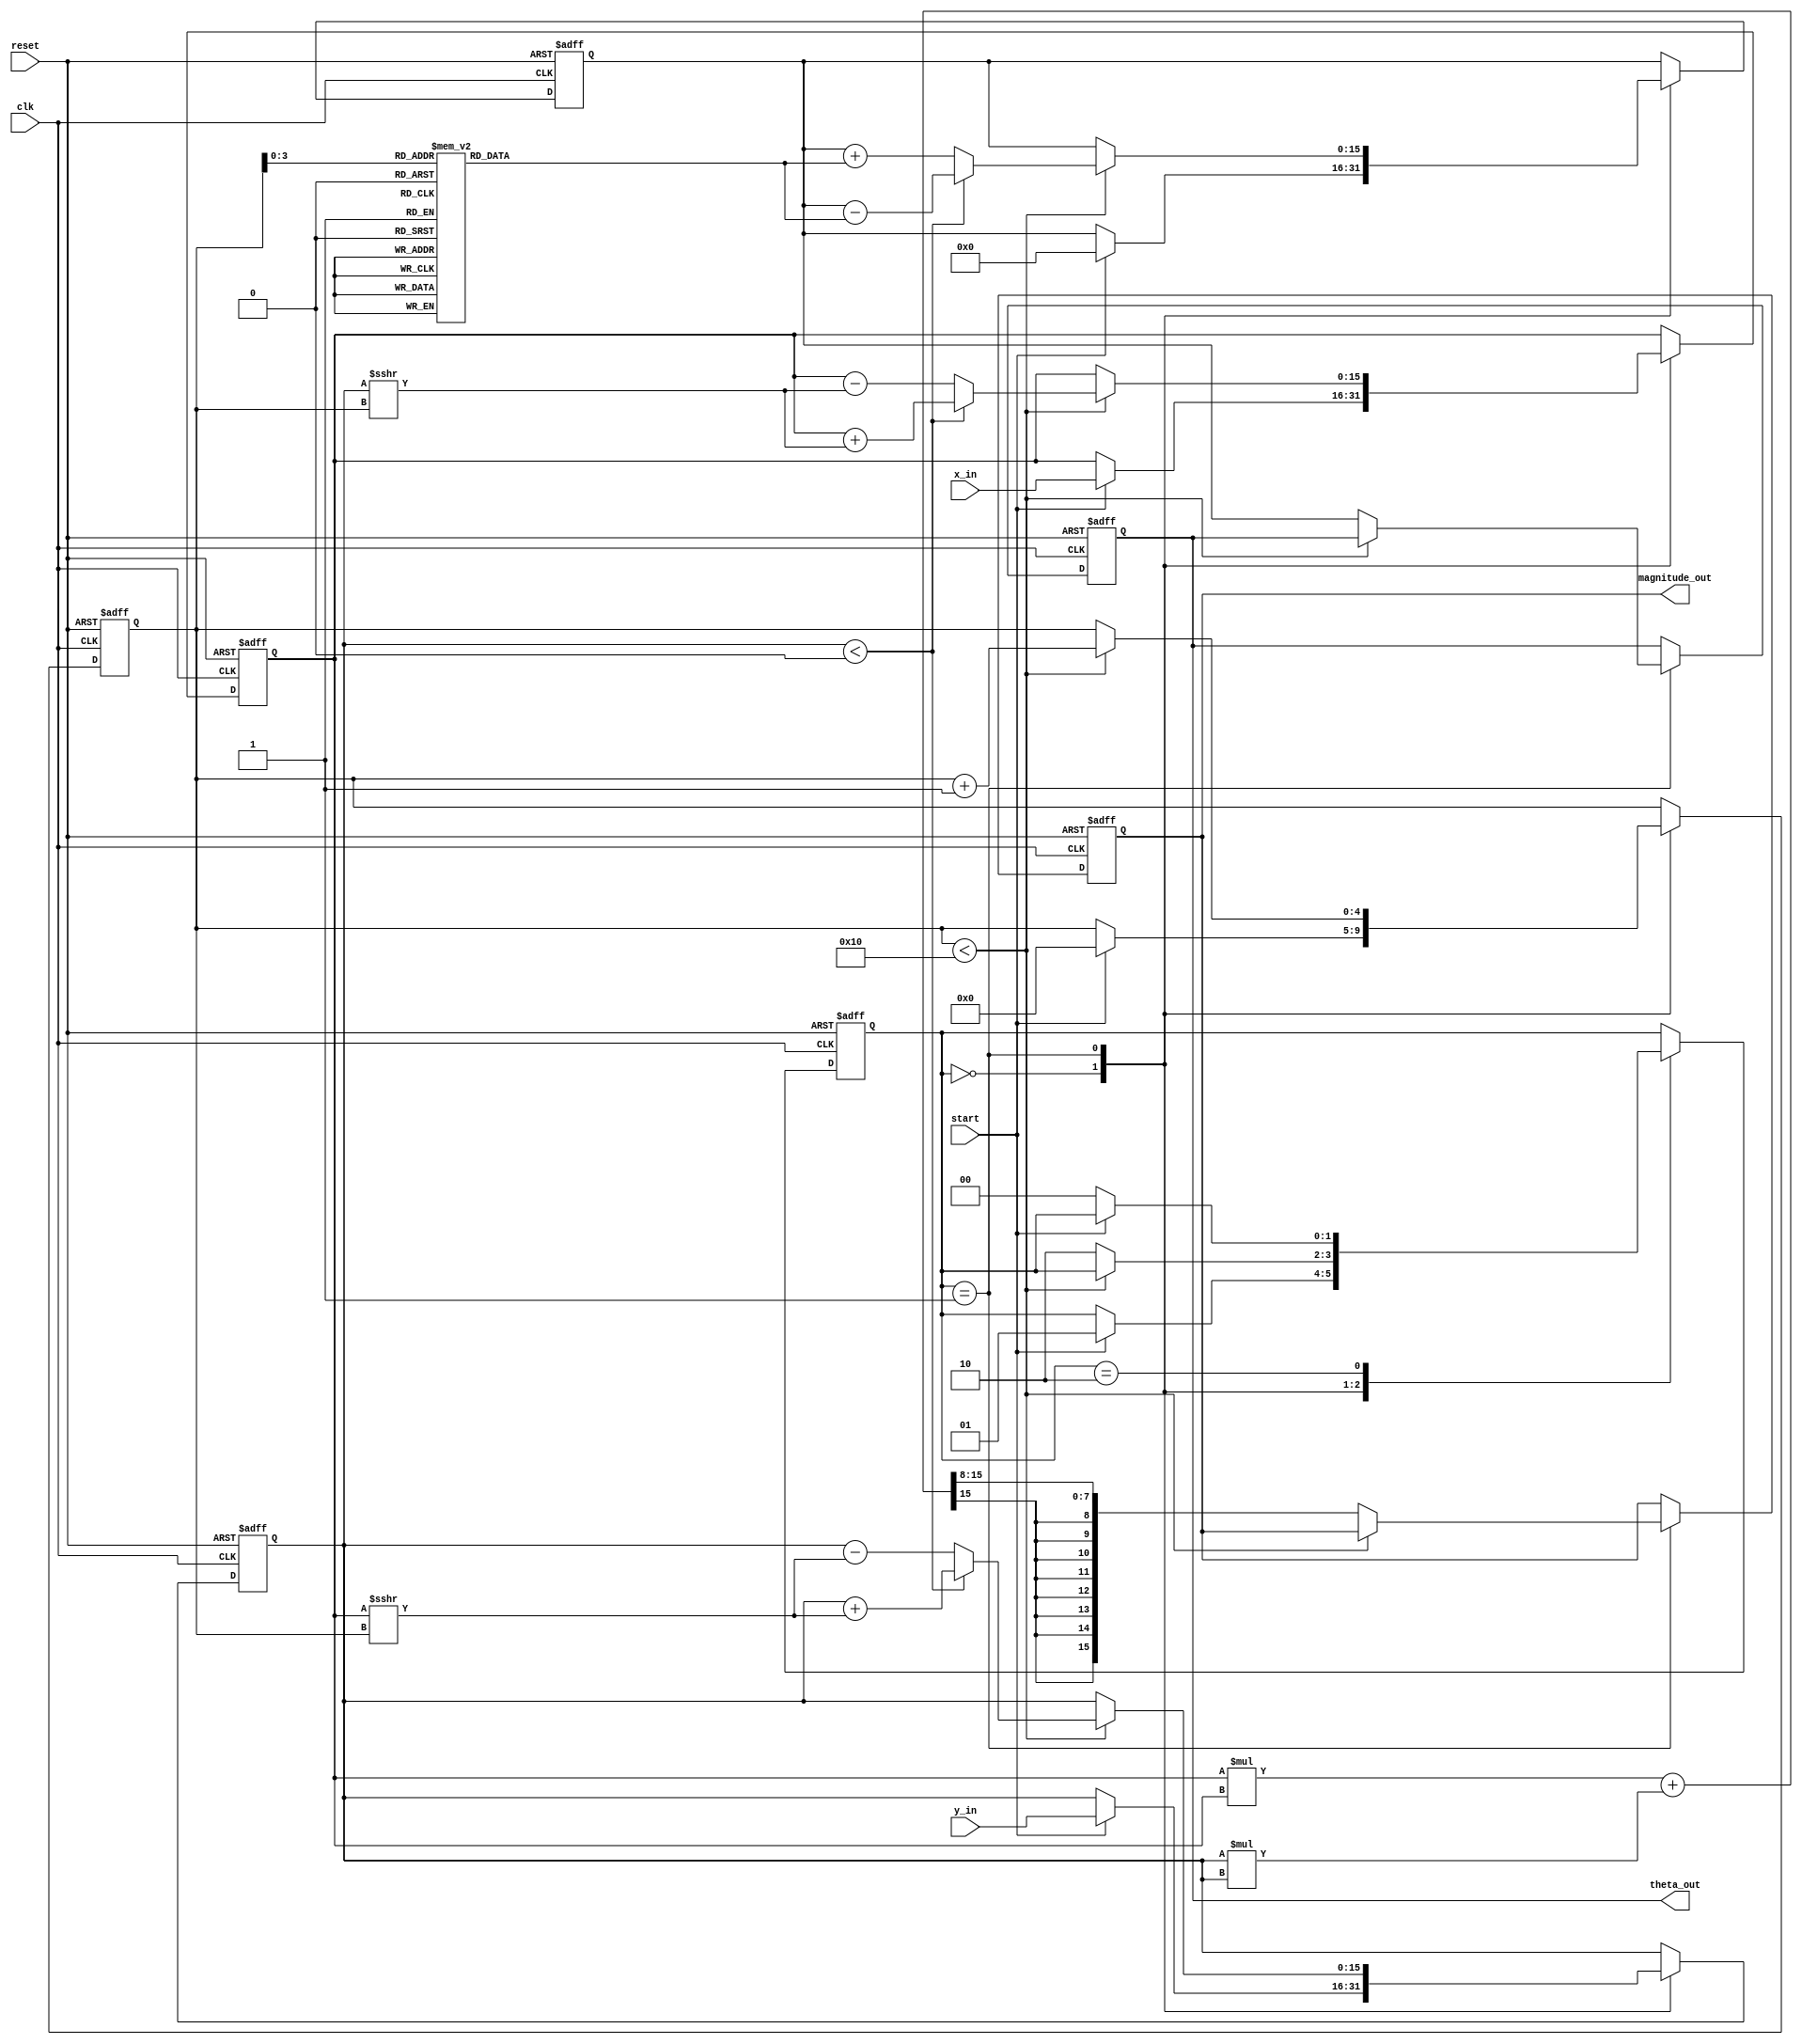
module vectoring_cordic #(
    parameter WIDTH = 16,          // Total width of fixed-point representation
    parameter ITERATIONS = 16      // Number of CORDIC iterations
)(
    input wire signed [WIDTH-1:0] x_in,      // Input x-coordinate
    input wire signed [WIDTH-1:0] y_in,      // Input y-coordinate
    input wire start,                        // Start signal
    input wire reset,                        // Asynchronous reset
    input wire clk,                          // Clock signal
    output reg signed [WIDTH-1:0] theta_out, // Output angle
    output reg signed [WIDTH-1:0] magnitude_out // Output magnitude
);

    // Internal registers
    reg signed [WIDTH-1:0] x, y;
    reg signed [WIDTH-1:0] theta;
    reg [4:0] iteration_count; // 5 bits for iteration count (up to 31)
    reg [1:0] state;           // State machine: 0=IDLE, 1=COMPUTE, 2=DONE

    // CORDIC gain (approximation)
    localparam signed [WIDTH-1:0] K = 16'h26DD; // CORDIC gain for 16 iterations

    // Precomputed arctangent values (in fixed-point format)
    reg signed [WIDTH-1:0] atan_table [0:ITERATIONS-1];
    initial begin
        atan_table[0] = 16'h2000; // atan(2^-0)
        atan_table[1] = 16'h1000; // atan(2^-1)
        atan_table[2] = 16'h0800; // atan(2^-2)
        atan_table[3] = 16'h0400; // atan(2^-3)
        atan_table[4] = 16'h0200; // atan(2^-4)
        atan_table[5] = 16'h0100; // atan(2^-5)
        atan_table[6] = 16'h0080; // atan(2^-6)
        atan_table[7] = 16'h0040; // atan(2^-7)
        atan_table[8] = 16'h0020; // atan(2^-8)
        atan_table[9] = 16'h0010; // atan(2^-9)
        atan_table[10] = 16'h0008; // atan(2^-10)
        atan_table[11] = 16'h0004; // atan(2^-11)
        atan_table[12] = 16'h0002; // atan(2^-12)
        atan_table[13] = 16'h0001; // atan(2^-13)
        atan_table[14] = 16'h0001; // atan(2^-14)
        atan_table[15] = 16'h0000; // atan(2^-15 (approx. 0))
    end

    // State machine
    always @(posedge clk or posedge reset) begin
        if (reset) begin
            state <= 0;
            x <= 0;
            y <= 0;
            theta <= 0;
            iteration_count <= 0;
            theta_out <= 0;
            magnitude_out <= 0;
        end else begin
            case (state)
                0: begin // IDLE
                    if (start) begin
                        x <= x_in;
                        y <= y_in;
                        theta <= 0;
                        iteration_count <= 0;
                        state <= 1; // Move to COMPUTE state
                    end
                end
                1: begin // COMPUTE
                    if (iteration_count < ITERATIONS) begin
                        if (y < 0) begin
                            // Rotate clockwise
                            x <= x + (y >>> iteration_count);
                            y <= y + (x >>> iteration_count);
                            theta <= theta - atan_table[iteration_count];
                        end else begin
                            // Rotate counter-clockwise
                            x <= x - (y >>> iteration_count);
                            y <= y - (x >>> iteration_count);
                            theta <= theta + atan_table[iteration_count];
                        end
                        iteration_count <= iteration_count + 1;
                    end else begin
                        // Finished iterations
                        magnitude_out <= (x * x + y * y) >>> (WIDTH/2); // Compute magnitude
                        theta_out <= theta; // Output angle
                        state <= 2; // Move to DONE state
                    end
                end
                2: begin // DONE
                    if (!start) begin
                        state <= 0; // Go back to IDLE
                    end
                end
            endcase
        end
    end

endmodule